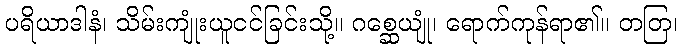
ပရိယာဒါနံ၊ သိမ်းကျုံးယူငင်ခြင်းသို့။ ဂစ္ဆေယျုံ၊ ရောက်ကုန်ရာ၏။ တတြ၊